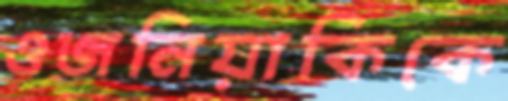
ওজনিয়াকিকে